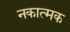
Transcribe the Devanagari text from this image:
नकात्मक